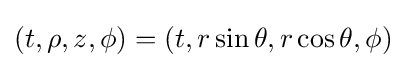
(t,\rho ,z,\phi )=(t,r\sin \theta ,r\cos \theta ,\phi )